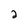
Character: 2